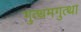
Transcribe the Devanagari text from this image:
गुत्थमगुत्था